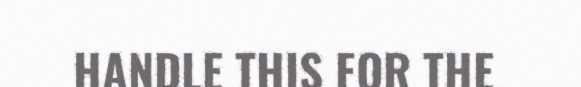
HANDLE THIS FOR THE